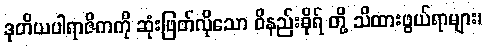
ဒုတိယပါရာဇိကကို ဆုံးဖြတ်လိုသော ဝိနည်းဓိုရ် တို့ သိထားဖွယ်ရာများ၊